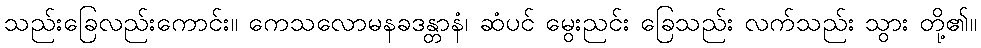
သည်းခြေလည်းကောင်း။ ကေသလောမနခဒန္တာနံ၊ ဆံပင် မွေးညင်း ခြေသည်း လက်သည်း သွား တို့၏။